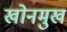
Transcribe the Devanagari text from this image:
खोनमुख